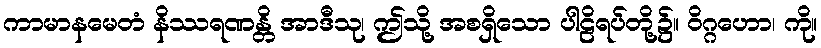
ကာမာနမေတံ နိဿရဏန္တိ အာဒီသု၊ ဤသို့ အစရှိသော ပါဠိရပ်တို့၌။ ဝိဂ္ဂဟော၊ ကို။